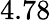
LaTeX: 4.78